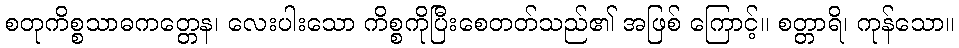
စတုကိစ္စသာဓကတ္တေန၊ လေးပါးသော ကိစ္စကိုပြီးစေတတ်သည်၏ အဖြစ် ကြောင့်။ စတ္တာရိ၊ ကုန်သော။